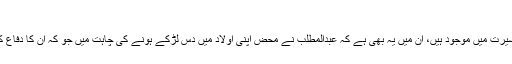
محمد صلعم کے دادا کا کردار
محمد صلعم کے دادا عبدالمطلب کی زندگی کے بارے میں جو انتہائی مختصرحالات کتب سیرت میں موجود ہیں، ان میں یہ بھی ہے کہ عبدالمطلب نے محض اپنی اولاد میں دس لڑکے ہونے کی چاہت میں جو کہ ان کا دفاع کر سکیں،یہ نذر مانی تھی کہ ان میں سے ایک لڑکے کو کعبہ کے پاس قربان کر دیں گے۔